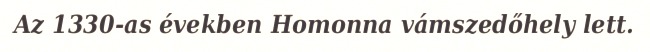
Az 1330-as években Homonna vámszedőhely lett.